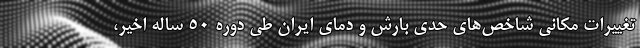
تغییرات مکانی شاخص‌های حدی بارش و دمای ایران طی دوره ۵۰ ساله اخیر،